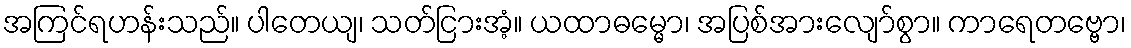
အကြင်ရဟန်းသည်။ ပါတေယျ၊ သတ်ငြားအံ့။ ယထာဓမ္မော၊ အပြစ်အားလျော်စွာ။ ကာရေတဗ္ဗော၊